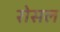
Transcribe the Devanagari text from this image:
रोसल